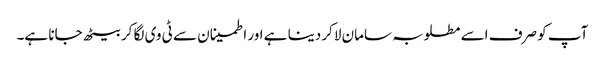
آپ کو صرف اسے مطلوبہ سامان لاکر دینا ہے اور اطمینان سے ٹی وی لگا کر بیٹھ جانا ہے۔